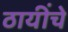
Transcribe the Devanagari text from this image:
ठायींचे